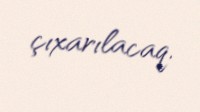
çıxarılacaq.